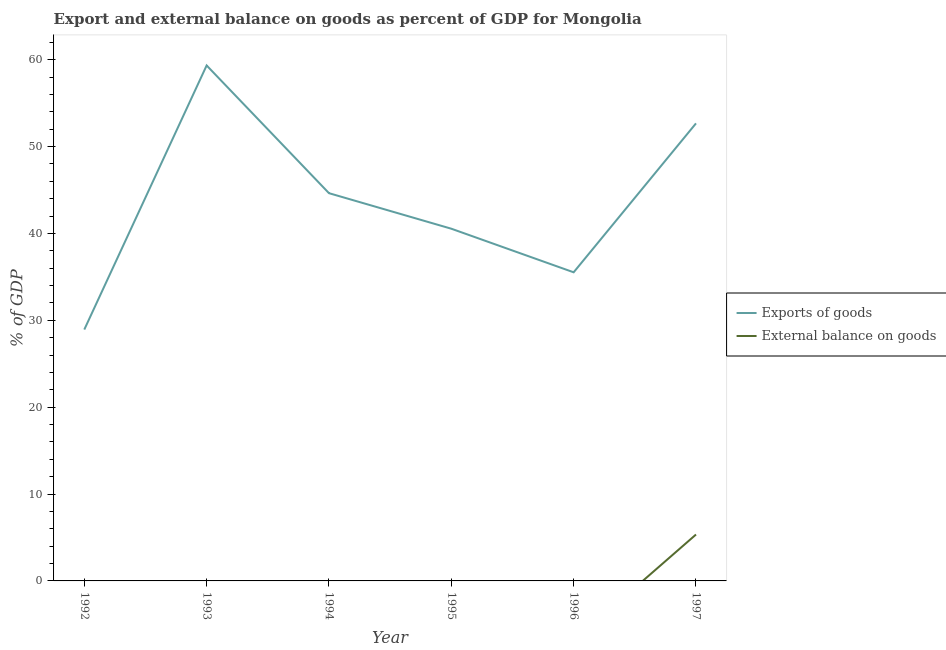
| Year | Exports of goods | External balance on goods |
 | --- | --- | --- |
 | 1992 | 28.9 | -7.43 |
 | 1993 | 59.3 | -11.1 |
 | 1994 | 44.6 | -9.9 |
 | 1995 | 40.5 | -1.02 |
 | 1996 | 35.5 | -6.93 |
 | 1997 | 52.7 | 5.34 |